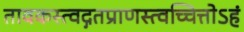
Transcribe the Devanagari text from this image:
तावकस्त्वद्गतप्राणस्त्वच्चित्तोऽहं